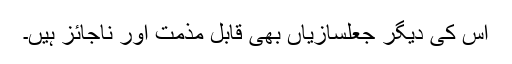
اس کی دیگر جعلسازیاں بھی قابلِ مذمت اور ناجائز ہیں۔